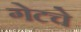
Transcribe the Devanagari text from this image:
गेटचे